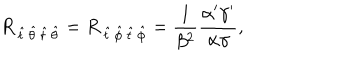
R _ { \, \hat { t } \, \hat { \theta } \, \hat { t } \, \hat { \theta } } = R _ { \, \hat { t } \, \hat { \phi } \, \hat { t } \, \hat { \phi } } = { \frac { 1 } { \beta ^ { 2 } } } \frac { \alpha ^ { \prime } \gamma ^ { \prime } } { \alpha \gamma } ,